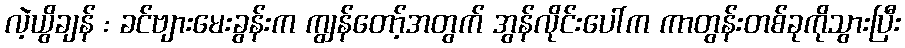
လဲ့ယွိချန် : ခင်ဗျားမေးခွန်းက ကျွန်တော့်အတွက် အွန်လိုင်းပေါ်က ကာတွန်းတစ်ခုကိုသွားပြီး